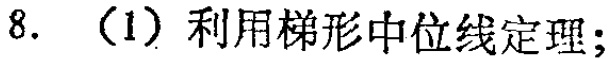
8. （1）利用梯形中位线定理；